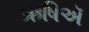
ઋષિઍ